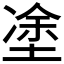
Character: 𡍼